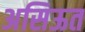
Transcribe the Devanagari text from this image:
असिऊत